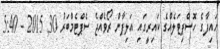
ހައިފާގެ ހޮސްޕިޓަލެއްގެ ކައިރީގައި އަލިފާން ރޯވެއްޖެ ސެޕްޓެމްބަރު 30